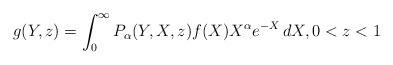
LaTeX: \begin{align*} g(Y,z)=\int_0^\infty P_\alpha(Y,X,z)f(X)X^{\alpha}e^{-X}\,dX, 0<z<1 \end{align*}